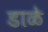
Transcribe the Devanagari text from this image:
डाळे